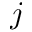
j